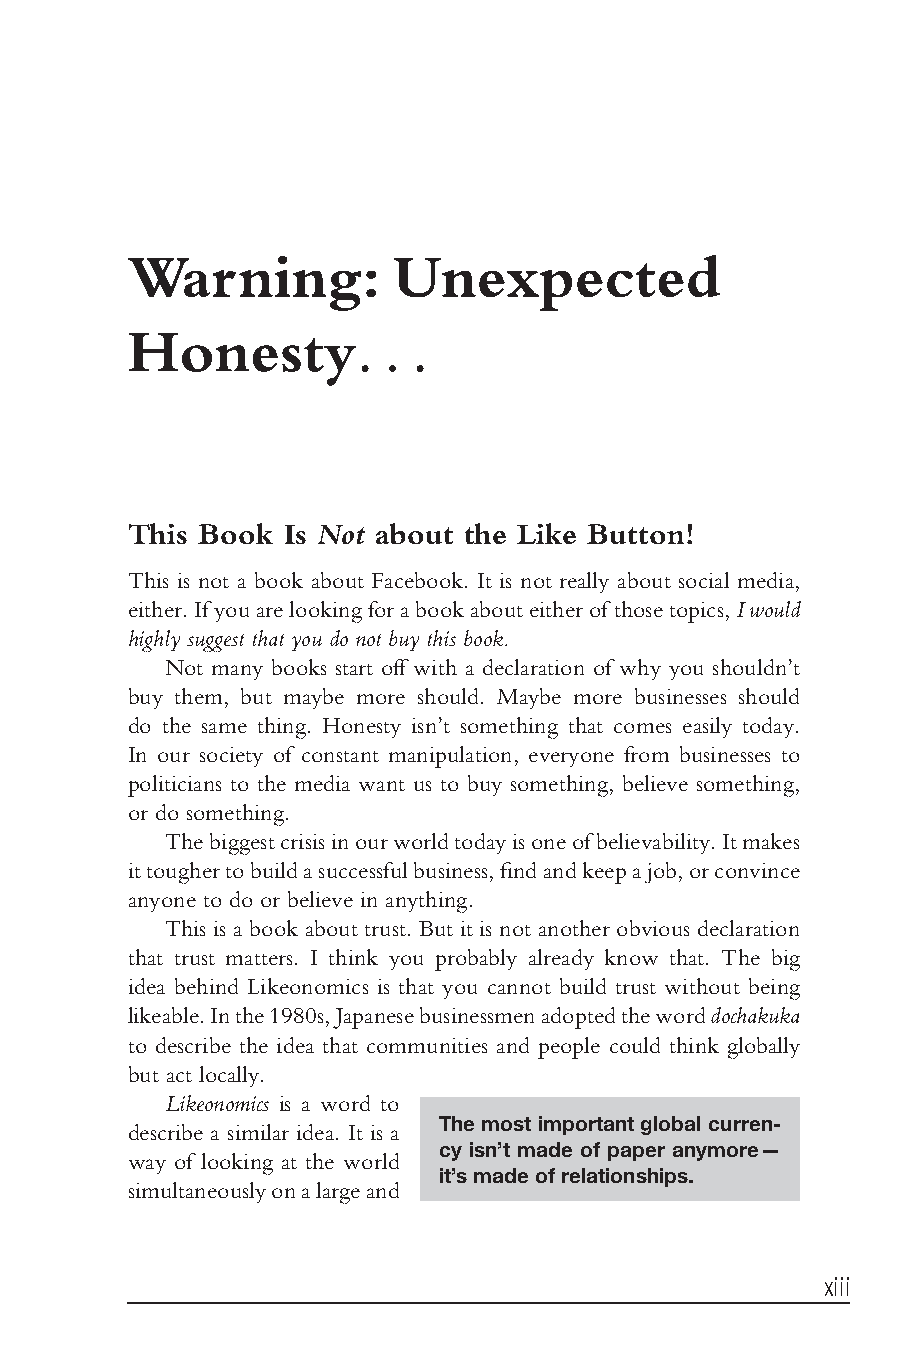
Bhargava flast1.tex V3-04/06/2012 11:20A.M. Pagexiii
 Warning:         Unexpected
 Honesty.         . .
 This Book Is Not about the Like Button!
 This is not a book about Facebook. It is not really about social media,
 either.Ifyouarelookingforabookabouteitherofthosetopics,Iwould
 highly suggest that you do not buy this book.
 Not many books start off with a declaration of why you shouldn’t
 buy them, but maybe more should. Maybe more businesses should
 do the same thing. Honesty isn’t something that comes easily today.
 In our society of constant manipulation, everyone from businesses to
 politicians to the media want us to buy something, believe something,
 or do something.
 Thebiggestcrisisinourworldtodayisoneofbelievability.Itmakes
 ittoughertobuildasuccessfulbusiness,findandkeepajob,orconvince
 anyone to do or believe in anything.
 This is a book about trust. But it is not another obvious declaration
 that trust matters. I think you probably already know that. The big
 idea behind Likeonomics is that you cannot build trust without being
 likeable.Inthe1980s,Japanesebusinessmenadoptedtheworddochakuka
 to describe the idea that communities and people could think globally
 but act locally.
 0Likeonomics is a word to
 The most important global curren-
 describe a similar idea. It is a
 cy isn’t made of paper anymore—
 way of looking at the world
 it’smadeofrelationships.
 simultaneouslyonalargeand
 xiii